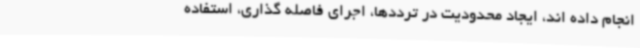
انجام داده اند، ایجاد محدودیت در ترددها، اجرای فاصله گذاری، استفاده